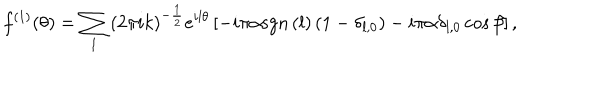
LaTeX: f ^ { \left( 1 \right) } ( \theta ) = \sum _ { l } \left( 2 \pi i k \right) ^ { - \frac { 1 } { 2 } } e ^ { i l \theta } \left[ - i \pi \alpha \mathrm { s g n } \left( l \right) \left( 1 - \delta _ { l , 0 } \right) - i \pi \alpha \delta _ { l , 0 } \cos \beta \right] ,